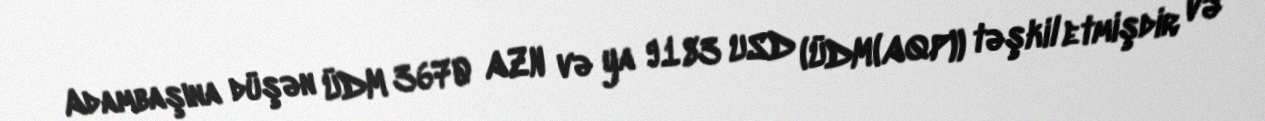
Adambaşına düşən ÜDM 3670 AZN və ya 9183 USD (ÜDM(AQP)) təşkil etmişdir və